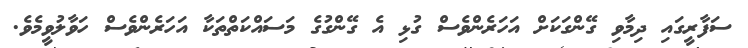
ސަފާރީގައި ދިމާވި ގޭންގަކަށް އަހަރެންވެސް ގުޅި އެ ގޭންގުގެ މަސައްކަތްތަކާ އަހަރެންވެސް ހަވާލުވީމެވެ.